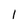
Character: l